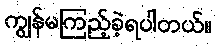
ကျွန်မကြည့်ခဲ့ရပါတယ်။